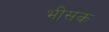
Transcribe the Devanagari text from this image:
भीसक